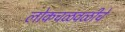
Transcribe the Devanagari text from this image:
लोकचळवळीचे